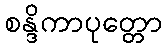
စန္ဒိကာပုတ္တော